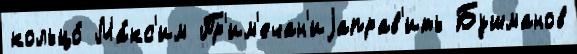
кольцо́ Ма́кс'им Пр'им'ечан'иjаправ'ить Бушманов